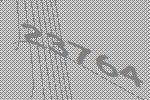
23764